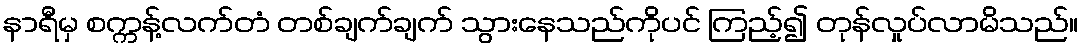
နာရီမှ စက္ကန့်လက်တံ တစ်ချက်ချက် သွားနေသည်ကိုပင် ကြည့်၍ တုန်လှုပ်လာမိသည်။